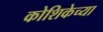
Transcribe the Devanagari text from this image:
कोशिकेच्या